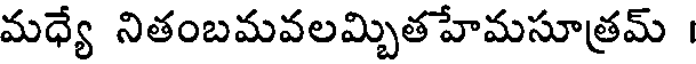
మధ్యే నితంబమవలమ్బితహేమసూత్రమ్ ।